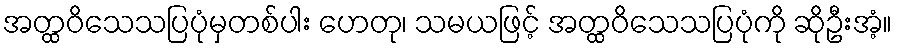
အတ္ထဝိသေသပြပုံမှတစ်ပါး ဟေတု၊ သမယဖြင့် အတ္ထဝိသေသပြပုံကို ဆိုဦးအံ့။